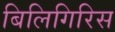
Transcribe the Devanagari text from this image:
बिलिगिरिस